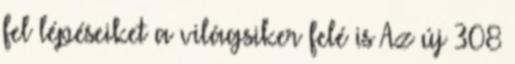
fel lépéseiket a világsiker felé is Az új 308